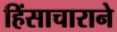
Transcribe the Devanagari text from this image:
हिंसाचाराने